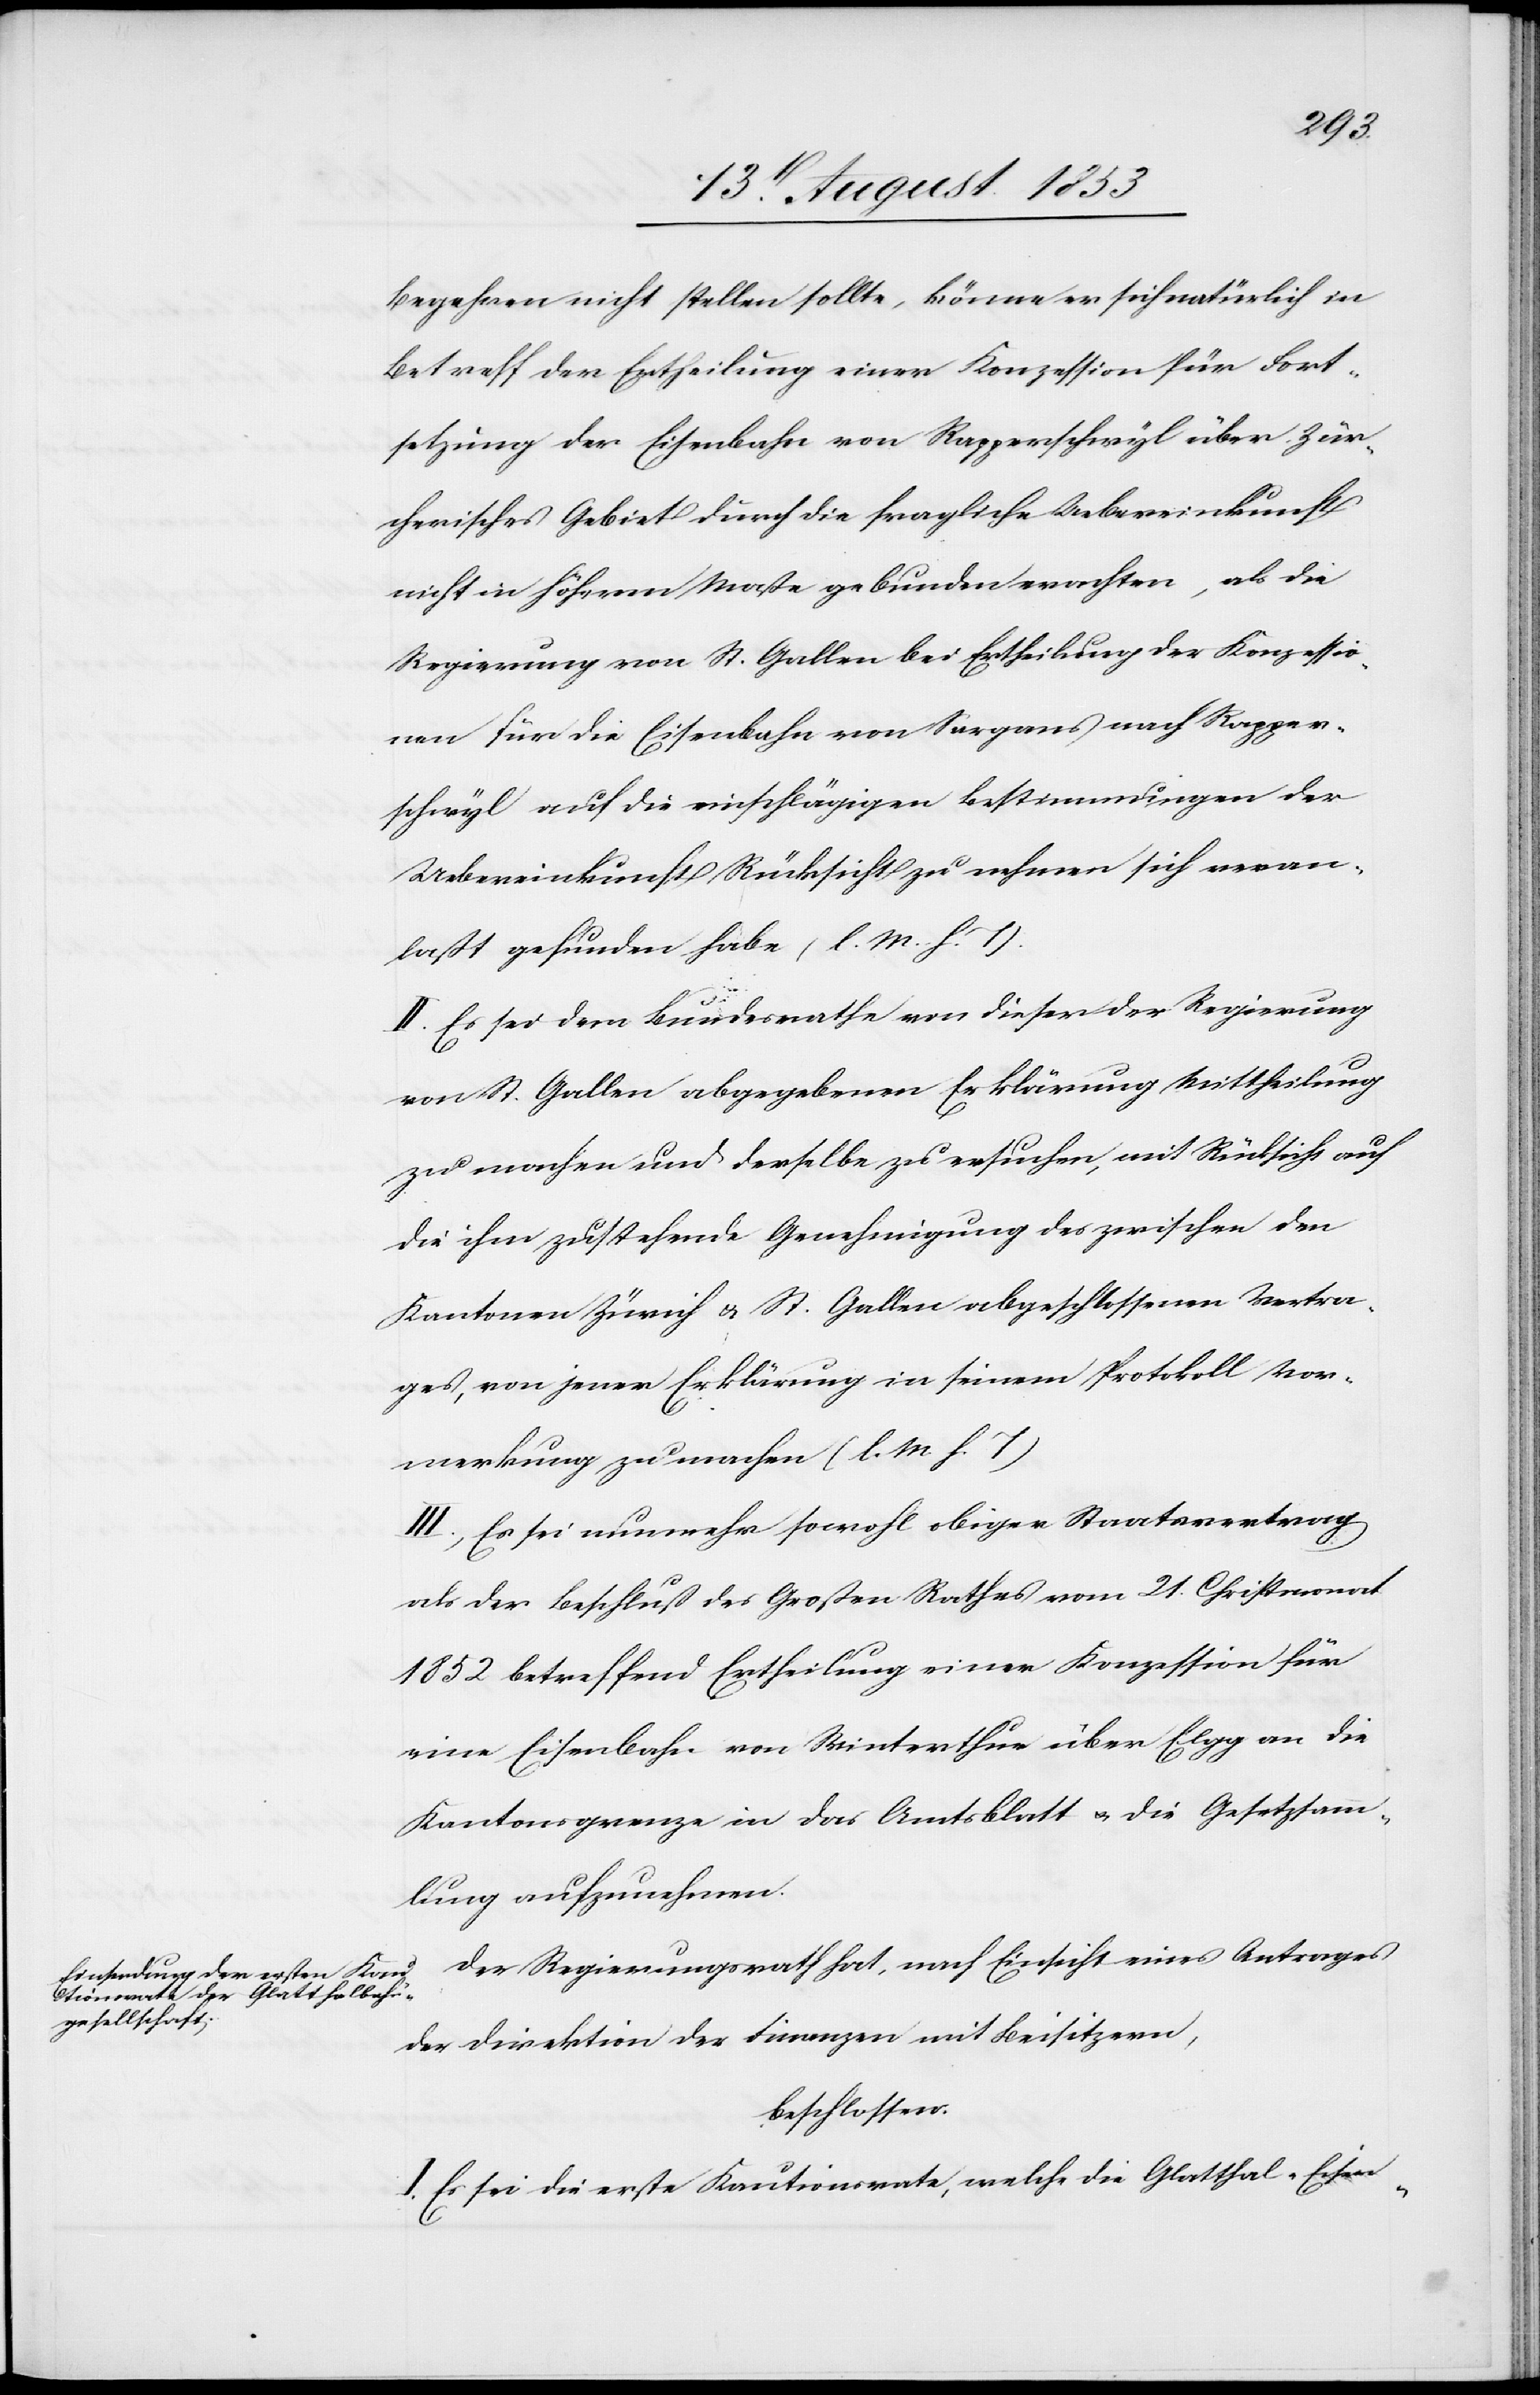
Begehren nicht stellen sollte, könne er sich natürlich in
Betreff der Ertheilung einer Konzession für Fort¬
setzung der Eisenbahn von Rapperschweil über Zür¬
cherisches Gebiet durch die fragliche Uebereinkunft
nicht in höherm Maße gebunden erachten, als die
Regierung von St. Gallen bei Ertheilung der Konzessio¬
nen für die Eisenbahn von Sargans nach Rapper¬
schwyl auf die einschlägigen Bestimmungen der
Uebereinkunft Rücksicht zu nehmen sich veran¬
laßt gefunden habe [l. M. h. T].
II. Es sei dem Bundesrathe von dieser der Regierung
von St. Gallen abgegebenen Erklärung Mittheilung
zu machen und derselbe zu ersuchen, mit Rücksicht auf
die ihm zustehende Genehmigung des zwischen den
Kantonen Zürich u. St. Gallen abgeschlossenen Vertra¬
ges, von jener Erklärung in seinem Protokoll Vor¬
merkung zu machen [l. M. h. T].
III. Es sei nunmehr sowohl obiger Staatsvertrag
als der Beschluß des Großen Rathes vom 21 Christmonat
1852 betreffend Ertheilung einer Konzession für
eine Eisenbahn von Winterthur über Elgg an die
Kantonsgrenze in das Amtsblatt u. die Gesetzessamm¬
lung aufzunehmen.
Der Regierungsrath hat, nach Einsicht eines Antrages
der Direktion der Finanzen mit Beisitzern,
beschlossen:
I. Es sei die erste Kautionsrate, welche die Glatthal-Eisen-